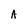
Character: A